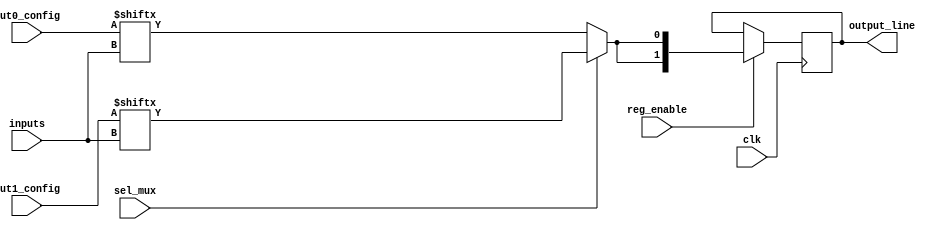
module combinational_logic_block #(
    parameter NUM_INPUTS = 4,
    parameter LUT_SIZE = 16 // 2^NUM_INPUTS for a 4-input LUT
)(
    input  wire [NUM_INPUTS-1:0]  inputs,        // Input lines
    input  wire [LUT_SIZE-1:0]     lut0_config,  // Configuration memory for LUT0
    input  wire [LUT_SIZE-1:0]     lut1_config,  // Configuration memory for LUT1
    input  wire                     sel_mux,       // MUX select signal
    input  wire                     clk,           // Clock for optional registers
    input  wire                     reg_enable,    // Register enable
    output reg  [1:0]              output_line    // Output lines
);

// Look-Up Table outputs
wire lut0_output;
wire lut1_output;

// LUT Logic - Implementing the LUT functionality based on the configuration
assign lut0_output = lut0_config[inputs];  // Lookup in LUT0 config
assign lut1_output = lut1_config[inputs];  // Lookup in LUT1 config

// Multiplexer to select between the outputs of LUTs
wire mux_output;
assign mux_output = sel_mux ? lut1_output : lut0_output;

// Optional Register for the output line
always @(posedge clk) begin
    if (reg_enable) begin
        output_line <= {mux_output, mux_output}; // Using same output for both bits
    end
end

endmodule